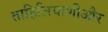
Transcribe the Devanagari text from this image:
ताहिलियाणीऔर